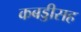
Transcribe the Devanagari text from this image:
कबड्डीसह